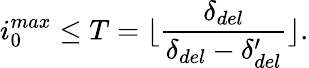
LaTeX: i_{0}^{max}\le T=\lfloor\frac{\delta_{del}}{\delta_{del}-\delta_{del}^{\prime}}\rfloor.